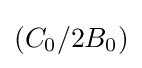
(C_{0}/2B_{0})